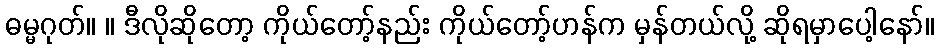
ဓမ္မဂုတ်။ ။ ဒီလိုဆိုတော့ ကိုယ်တော့်နည်း ကိုယ်တော့်ဟန်က မှန်တယ်လို့ ဆိုရမှာပေါ့နော်။